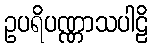
ဥပရိပဏ္ဏာသပါဠိ